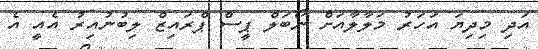
އަދި މިދިޔަ އަހަރު މަލާލާއަށް ނޯބަލް ޕީސް ޕްރައިޒް ލިބުނުއިރު އެއީ އެ